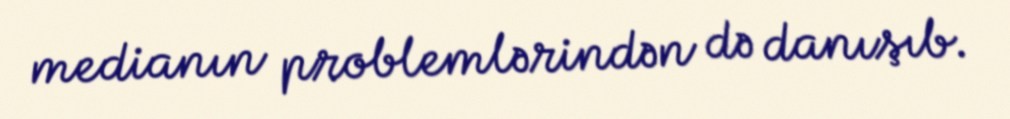
medianın problemlərindən də danışıb.